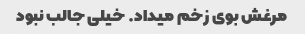
مرغش بوی زخم میداد. خیلی جالب نبود